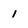
Character: i